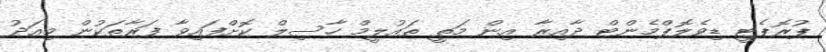
ޕުރޮޕެޓީ ޑިވެލޮޕްމެންޓް ދާއިރާ އިން މަތީ ތައުލީމް ހާސިލް ކޮށްފައިވާ ފަރާތަކުން މިއަދު